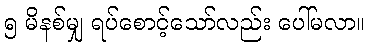
၅ မိနစ်မျှ ရပ်စောင့်သော်လည်း ပေါ်မလာ။